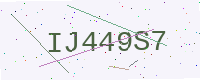
Text: IJ449S7